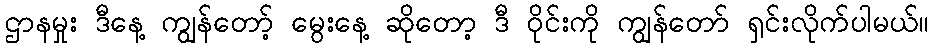
ဌာနမှုး ဒီနေ့ ကျွန်တော့် မွေးနေ့ ဆိုတော့ ဒီ ဝိုင်းကို ကျွန်တော် ရှင်းလိုက်ပါမယ်။